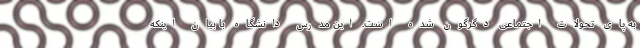
به پای تحولات اجتماعی دگرگون شده است. این مدرس دانشگاه با بیان اینکه